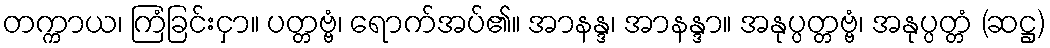
တက္ကာယ၊ ကြံခြင်းငှာ။ ပတ္တဗ္ဗံ၊ ရောက်အပ်၏။ အာနန္ဒ၊ အာနန္ဒာ။ အနုပ္ပတ္တဗ္ဗံ၊ အနုပ္ပတ္တံ (ဆဋ္ဌ)